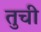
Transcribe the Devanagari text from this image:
तुची